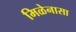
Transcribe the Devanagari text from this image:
मिळेनासा